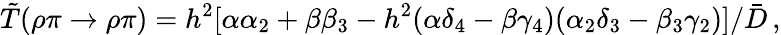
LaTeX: \tilde{T}(\rho\pi\to\rho\pi)=h^{2}[\alpha\alpha_{2}+\beta\beta_{3}-h^{2}(\alpha\delta_{4}-\beta\gamma_{4})(\alpha_{2}\delta_{3}-\beta_{3}\gamma_{2})]/\bar{D}\, ,